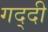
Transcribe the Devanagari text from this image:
गद्‍दी